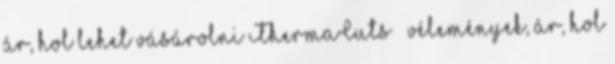
ár, hol lehet vásárolni ThermaCuts – vélemények, ár, hol